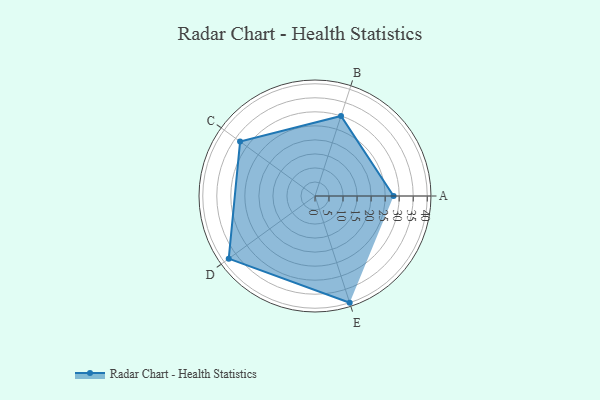
{"axis": {"x": "Skill", "y": "Score"}, "legend": ["Profile"], "data": [{"x": "A", "y": 28.0, "type": "Profile"}, {"x": "B", "y": 30.0, "type": "Profile"}, {"x": "C", "y": 33.0, "type": "Profile"}, {"x": "D", "y": 38.0, "type": "Profile"}, {"x": "E", "y": 40.0, "type": "Profile"}]}